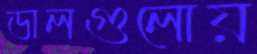
ডালগুলোয়